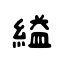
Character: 縊